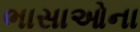
ભાસાઓના